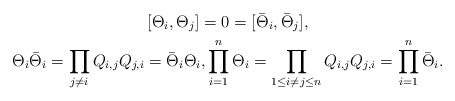
\begin{gather*}[\Theta_{i},\Theta_{j}]=0=[\bar\Theta_{i},\bar\Theta_{j}],\\\Theta_{i} \bar\Theta_{i}=\prod_{j \not= i}Q_{i,j}Q_{j,i}=\bar\Theta_{i} \Theta_{i},\prod_{i=1}^{n}\Theta_{i}=\prod_{1 \le i \not= j \le n}Q_{i,j}Q_{j,i}= \prod_{i=1}^{n}\bar\Theta_{i}.\end{gather*}